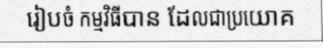
រៀបចំ កម្មវិធីបាន ដែលជាប្រយោគ